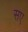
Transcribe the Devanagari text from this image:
सए